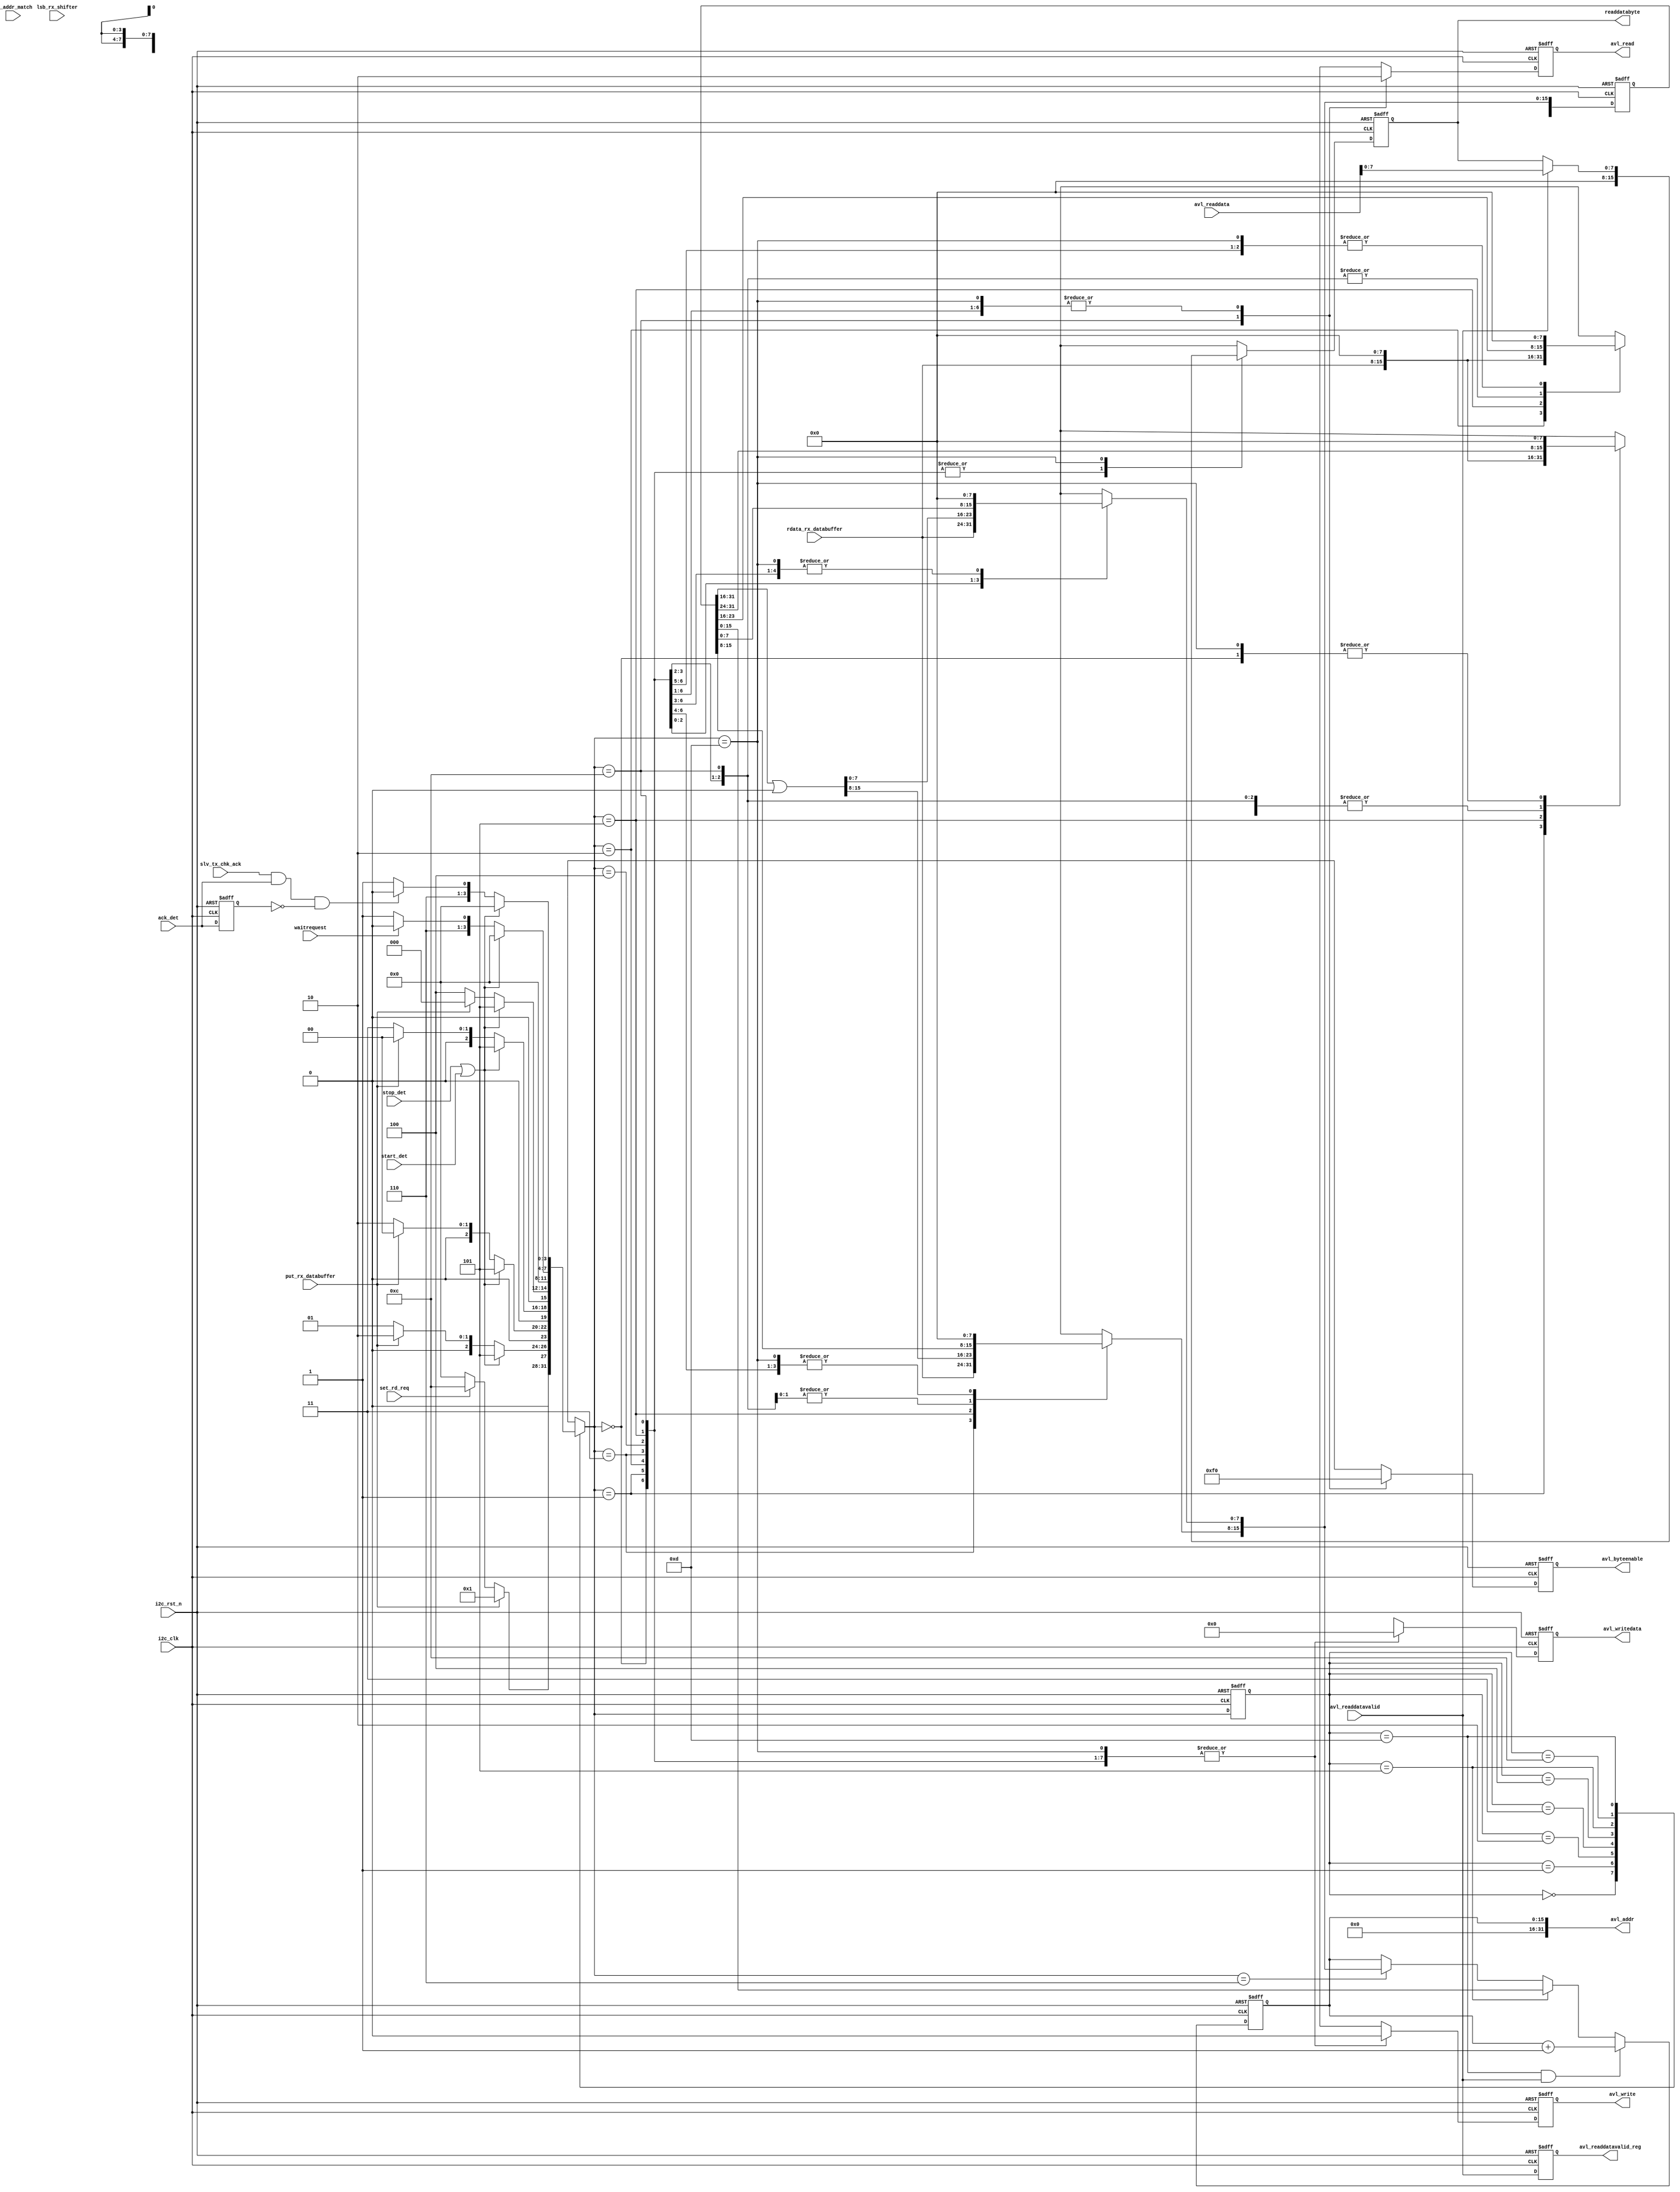
// (C) 2001-2018 Intel Corporation. All rights reserved.
// Your use of Intel Corporation's design tools, logic functions and other 
// software and tools, and its AMPP partner logic functions, and any output 
// files from any of the foregoing (including device programming or simulation 
// files), and any associated documentation or information are expressly subject 
// to the terms and conditions of the Intel Program License Subscription 
// Agreement, Intel FPGA IP License Agreement, or other applicable 
// license agreement, including, without limitation, that your use is for the 
// sole purpose of programming logic devices manufactured by Intel and sold by 
// Intel or its authorized distributors.  Please refer to the applicable 
// agreement for further details.


`timescale 1 ps / 1 ps

module i2c_avl_mst_intf_gen #(
  parameter BYTE_ADDRESSING = 2,
  parameter READ_ONLY = 1,
  parameter ADDRESS_STEALING = 0
) (
  input              i2c_clk,
  input              i2c_rst_n, 
  input              waitrequest,
  input              put_rx_databuffer,
  input              set_rd_req,		
  input              stop_det,
  input              start_det,
  input       [7:0]  rdata_rx_databuffer,
  input       [31:0] avl_readdata,
  input              avl_readdatavalid,   
  input              slv_tx_chk_ack,
  input              ack_det,
  input              rx_addr_match,
  input       [2:0]  lsb_rx_shifter,
  output reg         avl_read,
  output reg  [7:0]  readdatabyte,
  output reg         avl_readdatavalid_reg,
  output reg         avl_write,
  output reg  [31:0] avl_writedata,
  output reg  [ 3:0] avl_byteenable,
  output wire [31:0] avl_addr
);

localparam [3:0] IDLE           = 4'b0000;
localparam [3:0] WORDADDRBYTE_1 = 4'b0001;
localparam [3:0] WORDADDRBYTE_2 = 4'b0010;
localparam [3:0] WORDADDRBYTE_3 = 4'b0011;
localparam [3:0] WORDADDRBYTE_4 = 4'b0100;
localparam [3:0] ASSIGN_RDADDR  = 4'b0101;
localparam [3:0] ASSIGN_WRADDR  = 4'b0110;
localparam [3:0] WRDATABYTE     = 4'b0111;
localparam [3:0] ISSUE_WRITE    = 4'b1000;
localparam [3:0] NEXT_WRITE     = 4'b1001;
localparam [3:0] WRITE_COMPLETE = 4'b1010;
localparam [3:0] SPLIT_WRITE    = 4'b1011;
localparam [3:0] ISSUE_READ     = 4'b1100;
localparam [3:0] RDDATABYTE     = 4'b1101;

localparam ADDRWIDTH = 32;
localparam BYTEADDRWIDTH = (BYTE_ADDRESSING == 1) ? (8+ADDRESS_STEALING)  :
                           (BYTE_ADDRESSING == 2) ? (16+ADDRESS_STEALING) :
                           (BYTE_ADDRESSING == 3) ? (24+ADDRESS_STEALING) :
                           (BYTE_ADDRESSING == 4) ? 32                    : 
                                                    (16+ADDRESS_STEALING);

reg [3:0]               fsm_state;
reg [3:0]               fsm_state_nxt;
reg                     avl_read_nxt;
reg [7:0]               readdatabyte_nxt;
reg                     avl_write_nxt;
reg [31:0]              avl_writedata_nxt;
reg [3:0]               temp_wrbyteen;
reg [3:0]               temp_wrbyteen_nxt;
reg [31:0]              ori_wrdata;
reg [3:0]               ori_wrbyteen;
reg [31:0]              ori_wrdata_nxt;
reg [3:0]               ori_wrbyteen_nxt;
reg [3:0]               avl_byteenable_nxt;
reg                     wordwrite_complete_nxt;
reg                     illegal_byteen_nxt;
reg                     illegal_byteen;
reg                     ack_det_reg;
reg 	                  wordwrite_complete;
reg [ADDRWIDTH-1:0]     load_addr_value_nxt;
reg [ADDRWIDTH-1:0]     load_addr_value;
reg [BYTEADDRWIDTH-1:0] addr_cnt;
   
wire [2:0] extra_addrbit;
wire       incr_addr;
wire       load_rdaddr;
wire       load_wraddr;

generate if (READ_ONLY) 
  begin
    assign incr_addr = (fsm_state == RDDATABYTE && avl_readdatavalid);
  end else begin
    assign incr_addr = ((fsm_state == RDDATABYTE && avl_readdatavalid) || (fsm_state == WRDATABYTE && put_rx_databuffer) || (fsm_state == NEXT_WRITE && put_rx_databuffer));
  end
endgenerate

assign load_rdaddr = fsm_state == ASSIGN_RDADDR;
assign load_wraddr = fsm_state_nxt == ASSIGN_WRADDR;

generate if (BYTEADDRWIDTH == 32) 
  begin
    assign avl_addr = {addr_cnt[BYTEADDRWIDTH-1:2], 2'b00};
  end else begin
    //assign avl_addr = {{ADDRWIDTH-BYTEADDRWIDTH{1'b0}}, {addr_cnt[BYTEADDRWIDTH-1:2], 2'b00}};
    assign avl_addr = {{ADDRWIDTH-BYTEADDRWIDTH{1'b0}}, addr_cnt[BYTEADDRWIDTH-1:0]}; //bhoh: 2016-10-13
  end
endgenerate

always @(posedge i2c_clk or negedge i2c_rst_n) 
  begin
    if (!i2c_rst_n)
      fsm_state <= IDLE;
    else
      fsm_state <= fsm_state_nxt;
  end

generate if (ADDRESS_STEALING > 0) 
  begin
    reg [2:0] extra_addrbit_reg;
    always @(posedge i2c_clk or negedge i2c_rst_n) begin
      if (!i2c_rst_n)
        extra_addrbit_reg <= {3{1'b0}};
      else if (rx_addr_match)
        extra_addrbit_reg <= lsb_rx_shifter;
      end

    assign extra_addrbit = extra_addrbit_reg;
  end else begin
    assign extra_addrbit = {3{1'b0}};
  end
endgenerate

// Address increment counter
always @(posedge i2c_clk or negedge i2c_rst_n) 
  begin
    if (!i2c_rst_n)
      addr_cnt <= {BYTEADDRWIDTH{1'b0}};
    else if (incr_addr)
      addr_cnt <= addr_cnt + 1'b1; 
    else if (load_rdaddr)
      addr_cnt <= load_addr_value[BYTEADDRWIDTH-1:0];
    else if (load_wraddr)
      addr_cnt <= load_addr_value_nxt[BYTEADDRWIDTH-1:0];
  end

generate if (READ_ONLY) 
  begin
    always @* 
      begin         
        fsm_state_nxt = fsm_state;
	 
        case (fsm_state)
          IDLE: begin
            if (put_rx_databuffer)
              fsm_state_nxt = WORDADDRBYTE_1;
            else if (set_rd_req) // to issue read for current address read
              fsm_state_nxt = ISSUE_READ;
            else
              fsm_state_nxt = IDLE;
          end
	
          WORDADDRBYTE_1:  begin
            if (stop_det || start_det)                            
              fsm_state_nxt = ASSIGN_RDADDR;	
            else if (put_rx_databuffer)
              if (BYTE_ADDRESSING > 1) begin
                fsm_state_nxt = WORDADDRBYTE_2;
              end else begin
                fsm_state_nxt = IDLE;
              end
            else
              fsm_state_nxt = WORDADDRBYTE_1;
          end
			
          WORDADDRBYTE_2:  begin
            if (stop_det || start_det)                            
              fsm_state_nxt = ASSIGN_RDADDR;
            else if (put_rx_databuffer)
              if (BYTE_ADDRESSING > 2) begin
                fsm_state_nxt = WORDADDRBYTE_3;
              end else begin
                fsm_state_nxt = IDLE;
              end
            else
              fsm_state_nxt = WORDADDRBYTE_2;
          end
			
          WORDADDRBYTE_3:  begin
            if (stop_det || start_det)                            
              fsm_state_nxt = ASSIGN_RDADDR;
            else if (put_rx_databuffer)
              if (BYTE_ADDRESSING > 3) begin
                fsm_state_nxt = WORDADDRBYTE_4;
              end else begin
                fsm_state_nxt = IDLE;
              end
            else
              fsm_state_nxt = WORDADDRBYTE_3;
          end
			
          WORDADDRBYTE_4:  begin
            if (stop_det || start_det)                            
              fsm_state_nxt = ASSIGN_RDADDR;	
            else if (put_rx_databuffer)
              fsm_state_nxt = IDLE;
            else
              fsm_state_nxt = WORDADDRBYTE_4;
          end
			
          ASSIGN_RDADDR:  begin
            fsm_state_nxt = IDLE;
          end
			
          ISSUE_READ: begin
            if (stop_det || start_det)  // to detect stop or repeated start                                       
              fsm_state_nxt = IDLE;
            else if (~waitrequest)
              fsm_state_nxt = RDDATABYTE;
            else
              fsm_state_nxt = ISSUE_READ;
          end
			
          RDDATABYTE: begin
            if (stop_det || start_det)  // to detect stop or repeated start                                       
              fsm_state_nxt = IDLE;
            else if (slv_tx_chk_ack && ack_det && ~ack_det_reg)
              fsm_state_nxt = ISSUE_READ;
            else
              fsm_state_nxt = RDDATABYTE;
          end
			
          default: begin
            fsm_state_nxt = 4'bxxxx;
          end
        endcase
      end
  end else begin
    always @* 
      begin  
        fsm_state_nxt = fsm_state;
		  
        case (fsm_state)
          IDLE: begin
            if (put_rx_databuffer)
              fsm_state_nxt = WORDADDRBYTE_1;
            else if (set_rd_req) // to issue read for current address read
              fsm_state_nxt = ISSUE_READ;
            else
              fsm_state_nxt = IDLE;
          end
	
          WORDADDRBYTE_1: begin
            if (stop_det || start_det)                            
              fsm_state_nxt = ASSIGN_RDADDR;	
            else if (put_rx_databuffer)
              if (BYTE_ADDRESSING > 1) begin
                fsm_state_nxt = WORDADDRBYTE_2;
              end else begin
                fsm_state_nxt = ASSIGN_WRADDR;
              end
            else
              fsm_state_nxt = WORDADDRBYTE_1;
          end
			
          WORDADDRBYTE_2: begin
            if (stop_det || start_det)                            
              fsm_state_nxt = ASSIGN_RDADDR;
            else if (put_rx_databuffer)
              if (BYTE_ADDRESSING > 2) begin
                fsm_state_nxt = WORDADDRBYTE_3;
              end else begin
                fsm_state_nxt = ASSIGN_WRADDR;
              end
            else
              fsm_state_nxt = WORDADDRBYTE_2;
          end
			
          WORDADDRBYTE_3:  begin
            if (stop_det || start_det)                            
              fsm_state_nxt = ASSIGN_RDADDR;
            else if (put_rx_databuffer)
              if (BYTE_ADDRESSING > 3) begin
                fsm_state_nxt = WORDADDRBYTE_4;
              end else begin
                fsm_state_nxt = ASSIGN_WRADDR;
              end
            else
              fsm_state_nxt = WORDADDRBYTE_3;
          end
			
          WORDADDRBYTE_4: begin
            if (stop_det || start_det)                            
              fsm_state_nxt = ASSIGN_RDADDR;	
            else if (put_rx_databuffer)
              fsm_state_nxt = ASSIGN_WRADDR;
            else
              fsm_state_nxt = WORDADDRBYTE_4;
          end
			
          ASSIGN_RDADDR: begin
            fsm_state_nxt = IDLE;
          end
			
          ASSIGN_WRADDR: begin
            fsm_state_nxt = WRDATABYTE;
          end
			
          WRDATABYTE: begin
            if (stop_det || start_det)  // to detect stop or repeated start                                       
              fsm_state_nxt = WRITE_COMPLETE;
            else if (wordwrite_complete)
              fsm_state_nxt = ISSUE_WRITE;
            else
              fsm_state_nxt = WRDATABYTE;
          end
	
          ISSUE_WRITE: begin				
            if (~waitrequest)
              if (illegal_byteen)
                fsm_state_nxt = SPLIT_WRITE;
              else
                fsm_state_nxt = NEXT_WRITE;
            else begin
              fsm_state_nxt = ISSUE_WRITE;
            end
          end

          NEXT_WRITE: begin
            if (stop_det || start_det)  // to detect stop or repeated start     
              fsm_state_nxt = IDLE;
            else if (put_rx_databuffer)
              fsm_state_nxt = ASSIGN_WRADDR;
            else
              fsm_state_nxt = NEXT_WRITE;
          end
			
          WRITE_COMPLETE: begin
            if (~waitrequest) begin
              if (illegal_byteen)
                fsm_state_nxt = SPLIT_WRITE;
              else
                fsm_state_nxt = IDLE;
            end else begin
              fsm_state_nxt = WRITE_COMPLETE;
            end
          end
			
          SPLIT_WRITE: begin
            if (~illegal_byteen)
              fsm_state_nxt = IDLE;
            else
              fsm_state_nxt = ISSUE_WRITE;
          end
			
          ISSUE_READ: begin
            if (stop_det || start_det)  // to detect stop or repeated start                                       
              fsm_state_nxt = IDLE;
            else if (~waitrequest)
              fsm_state_nxt = RDDATABYTE;
            else
              fsm_state_nxt = ISSUE_READ;
          end
			
          RDDATABYTE: begin
            if (stop_det || start_det)  // to detect stop or repeated start                                       
              fsm_state_nxt = IDLE;
            else if (slv_tx_chk_ack && ack_det && ~ack_det_reg)
              fsm_state_nxt = ISSUE_READ;
            else
              fsm_state_nxt = RDDATABYTE;
          end
			
          default: begin
            fsm_state_nxt = 4'bxxxx;
          end
        endcase
      end
  end
endgenerate

always @(posedge i2c_clk or negedge i2c_rst_n) 
  begin
    if (!i2c_rst_n) begin
      avl_read              <= 1'b0;
      load_addr_value       <= {ADDRWIDTH{1'b0}};
      readdatabyte          <= {8{1'b0}};
      avl_readdatavalid_reg <= 1'b0;
      ack_det_reg           <= 1'b0;
      avl_write             <= 1'b0;
      avl_writedata         <= {32{1'b0}};
      avl_byteenable        <= {4{1'b0}};
      wordwrite_complete    <= 1'b0;
      illegal_byteen        <= 1'b0;
      temp_wrbyteen         <= {4{1'b0}};
      ori_wrdata            <= {32{1'b0}};
      ori_wrbyteen          <= {4{1'b0}};
    end else begin
      avl_read              <= avl_read_nxt;
      load_addr_value       <= load_addr_value_nxt;
      readdatabyte          <= readdatabyte_nxt;
      avl_readdatavalid_reg <= avl_readdatavalid;
      ack_det_reg           <= ack_det;
      avl_write             <= avl_write_nxt;
      avl_writedata         <= avl_writedata_nxt;
      avl_byteenable        <= avl_byteenable_nxt;
      wordwrite_complete    <= wordwrite_complete_nxt;
      illegal_byteen        <= illegal_byteen_nxt;
      temp_wrbyteen         <= temp_wrbyteen_nxt;
      ori_wrdata            <= ori_wrdata_nxt;
      ori_wrbyteen          <= ori_wrbyteen_nxt;
    end
  end

generate if (READ_ONLY) 
  begin
    always @* 
      begin
        avl_read_nxt           = avl_read;
        load_addr_value_nxt    = load_addr_value;
        readdatabyte_nxt       = readdatabyte;
        avl_write_nxt          = avl_write;
        avl_writedata_nxt      = avl_writedata;
        avl_byteenable_nxt     = avl_byteenable;
        wordwrite_complete_nxt = wordwrite_complete;
        illegal_byteen_nxt     = illegal_byteen;
        temp_wrbyteen_nxt      = temp_wrbyteen;
        ori_wrdata_nxt         = ori_wrdata;
        ori_wrbyteen_nxt       = ori_wrbyteen;
				
        case (fsm_state_nxt)
          IDLE: begin
            avl_read_nxt = 1'b0;
            load_addr_value_nxt    = {ADDRWIDTH{1'b0}};
            readdatabyte_nxt       = {8{1'b0}};
            avl_write_nxt          = 1'b0;
            avl_writedata_nxt      = {32{1'b0}};
            avl_byteenable_nxt     = {4{1'b0}};
            wordwrite_complete_nxt = 1'b0;
            illegal_byteen_nxt     = 1'b0;
            temp_wrbyteen_nxt      = {4{1'b0}};
            ori_wrdata_nxt         = {32{1'b0}};
            ori_wrbyteen_nxt       = {4{1'b0}};
          end
		
          WORDADDRBYTE_1: begin
            avl_read_nxt               = 1'b0;
            load_addr_value_nxt[7:0]   = {8{1'b0}};
            load_addr_value_nxt[15:8]  = {8{1'b0}};
            load_addr_value_nxt[23:16] = {8{1'b0}};
            load_addr_value_nxt[31:24] = rdata_rx_databuffer;
            readdatabyte_nxt           = {8{1'b0}};
            avl_write_nxt              = 1'b0;
            avl_writedata_nxt          = {32{1'b0}};
            avl_byteenable_nxt         = {4{1'b0}};
            wordwrite_complete_nxt     = 1'b0;
            illegal_byteen_nxt         = 1'b0;
            temp_wrbyteen_nxt          = {4{1'b0}};
            ori_wrdata_nxt             = {32{1'b0}};
            ori_wrbyteen_nxt           = {4{1'b0}};
          end 
		
          WORDADDRBYTE_2: begin
            avl_read_nxt               = 1'b0;
            load_addr_value_nxt[7:0]   = {8{1'b0}};
            load_addr_value_nxt[15:8]  = {8{1'b0}};
            load_addr_value_nxt[23:16] = rdata_rx_databuffer;
            load_addr_value_nxt[31:24] = load_addr_value[31:24];
            readdatabyte_nxt           = {8{1'b0}};
            avl_write_nxt              = 1'b0;
            avl_writedata_nxt          = {32{1'b0}};
            avl_byteenable_nxt         = {4{1'b0}};
            wordwrite_complete_nxt     = 1'b0;
            illegal_byteen_nxt         = 1'b0;
            temp_wrbyteen_nxt          = {4{1'b0}};
            ori_wrdata_nxt             = {32{1'b0}};
            ori_wrbyteen_nxt           = {4{1'b0}};
          end
			
          WORDADDRBYTE_3: begin
            avl_read_nxt               = 1'b0;
            load_addr_value_nxt[7:0]   = {8{1'b0}};
            load_addr_value_nxt[15:8]  = rdata_rx_databuffer;
            load_addr_value_nxt[23:16] = load_addr_value[23:16];
            load_addr_value_nxt[31:24] = load_addr_value[31:24];
            readdatabyte_nxt           = {8{1'b0}};
            avl_write_nxt              = 1'b0;
            avl_writedata_nxt          = {32{1'b0}};
            avl_byteenable_nxt         = {4{1'b0}};
            wordwrite_complete_nxt     = 1'b0;
            illegal_byteen_nxt         = 1'b0;
            temp_wrbyteen_nxt          = {4{1'b0}};
            ori_wrdata_nxt             = {32{1'b0}};
            ori_wrbyteen_nxt           = {4{1'b0}};
          end
			
          WORDADDRBYTE_4: begin
            avl_read_nxt               = 1'b0;
            load_addr_value_nxt[7:0]   = rdata_rx_databuffer;
            load_addr_value_nxt[15:8]  = load_addr_value[15:8];
            load_addr_value_nxt[23:16] = load_addr_value[23:16];
            load_addr_value_nxt[31:24] = load_addr_value[31:24];
            readdatabyte_nxt           = {8{1'b0}};
            avl_write_nxt              = 1'b0;
            avl_writedata_nxt          = {32{1'b0}};
            avl_byteenable_nxt         = {4{1'b0}};
            wordwrite_complete_nxt     = 1'b0;
            illegal_byteen_nxt         = 1'b0;
            temp_wrbyteen_nxt          = {4{1'b0}};
            ori_wrdata_nxt             = {32{1'b0}};
            ori_wrbyteen_nxt           = {4{1'b0}};
         end
			
         ASSIGN_RDADDR: begin
           avl_read_nxt           = 1'b0;
           load_addr_value_nxt    = load_addr_value;
				
           if (BYTE_ADDRESSING == 1) begin
             load_addr_value_nxt    = (load_addr_value >> 24 | {{21{1'b0}}, extra_addrbit, {8{1'b0}}});
           end else if (BYTE_ADDRESSING == 2) begin
             load_addr_value_nxt   = (load_addr_value >> 16 | {{13{1'b0}}, extra_addrbit, {16{1'b0}}});
           end else if (BYTE_ADDRESSING == 3) begin
             load_addr_value_nxt   = (load_addr_value >> 8  | {{5{1'b0}}, extra_addrbit, {24{1'b0}}});
           end
			
           readdatabyte_nxt       = {8{1'b0}};
           avl_write_nxt          = 1'b0;
           avl_writedata_nxt      = {32{1'b0}};
           avl_byteenable_nxt     = {4{1'b0}};
           wordwrite_complete_nxt = 1'b0;
           illegal_byteen_nxt     = 1'b0;
           temp_wrbyteen_nxt      = {4{1'b0}};
           ori_wrdata_nxt         = {32{1'b0}};
           ori_wrbyteen_nxt       = {4{1'b0}};
         end
			
         ISSUE_READ:  begin
           avl_read_nxt = 1'b1;
           load_addr_value_nxt = load_addr_value;
           readdatabyte_nxt = {8{1'b0}};
           avl_write_nxt = 1'b0;
           avl_writedata_nxt = {32{1'b0}};
           avl_byteenable_nxt = {4{1'b1}};
           wordwrite_complete_nxt = 1'b0;
           illegal_byteen_nxt = 1'b0;
           temp_wrbyteen_nxt = {4{1'b0}};
           ori_wrdata_nxt = {32{1'b0}};
           ori_wrbyteen_nxt = {4{1'b0}};
         end
			
         RDDATABYTE:  begin
           avl_read_nxt           = 1'b0;
           load_addr_value_nxt    = {ADDRWIDTH{1'b0}};
           readdatabyte_nxt       = readdatabyte;
			  	
           if (avl_readdatavalid) begin
			    //bhoh: 2016-10-13
             readdatabyte_nxt       = avl_readdata[7:0];
             //if (addr_cnt[1:0] == 2'b00)
             //  readdatabyte_nxt     = avl_readdata[7:0];
             //else if (addr_cnt[1:0] == 2'b01)
             //  readdatabyte_nxt     = avl_readdata[15:8];
             //else if (addr_cnt[1:0] == 2'b10)
             //  readdatabyte_nxt     = avl_readdata[23:16];
             //else if (addr_cnt[1:0] == 2'b11)
             //  readdatabyte_nxt     = avl_readdata[31:24];
           end
				
           avl_write_nxt          = 1'b0;
           avl_writedata_nxt      = {32{1'b0}};
           avl_byteenable_nxt     = {4{1'b0}};
           wordwrite_complete_nxt = 1'b0;
           illegal_byteen_nxt     = 1'b0;
           temp_wrbyteen_nxt      = {4{1'b0}};
           ori_wrdata_nxt         = {32{1'b0}};
           ori_wrbyteen_nxt       = {4{1'b0}};
         end
	
         default: begin
           avl_read_nxt           = 1'bx;
           load_addr_value_nxt    = {ADDRWIDTH{1'bx}};
           readdatabyte_nxt       = {8{1'bx}};
           avl_write_nxt          = 1'bx;
           avl_writedata_nxt      = {32{1'bx}};
           avl_byteenable_nxt     = {4{1'bx}};
           wordwrite_complete_nxt = 1'bx;
           illegal_byteen_nxt     = 1'bx;
           temp_wrbyteen_nxt      = {4{1'bx}};
           ori_wrdata_nxt         = {32{1'bx}};
           ori_wrbyteen_nxt       = {4{1'bx}};
         end
       endcase
     end
  end else begin
    always @* 
      begin
        avl_read_nxt           = avl_read;
        load_addr_value_nxt    = load_addr_value;
        readdatabyte_nxt       = readdatabyte;
        avl_write_nxt          = avl_write;
        avl_writedata_nxt      = avl_writedata;
        avl_byteenable_nxt     = avl_byteenable;
        wordwrite_complete_nxt = wordwrite_complete;
        illegal_byteen_nxt     = illegal_byteen;
        temp_wrbyteen_nxt      = temp_wrbyteen;
        ori_wrdata_nxt         = ori_wrdata;
        ori_wrbyteen_nxt       = ori_wrbyteen;
				
        case (fsm_state_nxt)
          IDLE: begin
            avl_read_nxt           = 1'b0;
            load_addr_value_nxt    = {ADDRWIDTH{1'b0}};
            readdatabyte_nxt       = {8{1'b0}};
            avl_write_nxt          = 1'b0;
            avl_writedata_nxt      = {32{1'b0}};
            avl_byteenable_nxt     = {4{1'b0}};
            wordwrite_complete_nxt = 1'b0;
            illegal_byteen_nxt     = 1'b0;
            temp_wrbyteen_nxt      = {4{1'b0}};
            ori_wrdata_nxt         = {32{1'b0}};
            ori_wrbyteen_nxt       = {4{1'b0}};
          end
		
          WORDADDRBYTE_1: begin
            avl_read_nxt               = 1'b0;
            load_addr_value_nxt[7:0]   = {8{1'b0}};
            load_addr_value_nxt[15:8]  = {8{1'b0}};
            load_addr_value_nxt[23:16] = {8{1'b0}};
            load_addr_value_nxt[31:24] = rdata_rx_databuffer;
            readdatabyte_nxt           = {8{1'b0}};
            avl_write_nxt              = 1'b0;
            avl_writedata_nxt          = {32{1'b0}};
            avl_byteenable_nxt         = {4{1'b0}};
            wordwrite_complete_nxt     = 1'b0;
            illegal_byteen_nxt         = 1'b0;
            temp_wrbyteen_nxt          = {4{1'b0}};
            ori_wrdata_nxt             = {32{1'b0}};
            ori_wrbyteen_nxt           = {4{1'b0}};
          end 

          WORDADDRBYTE_2: begin
            avl_read_nxt               = 1'b0;
            load_addr_value_nxt[7:0]   = {8{1'b0}};
            load_addr_value_nxt[15:8]  = {8{1'b0}};
            load_addr_value_nxt[23:16] = rdata_rx_databuffer;
            load_addr_value_nxt[31:24] = load_addr_value[31:24];
            readdatabyte_nxt           = {8{1'b0}};
            avl_write_nxt              = 1'b0;
            avl_writedata_nxt          = {32{1'b0}};
            avl_byteenable_nxt         = {4{1'b0}};
            wordwrite_complete_nxt     = 1'b0;
            illegal_byteen_nxt         = 1'b0;
            temp_wrbyteen_nxt          = {4{1'b0}};
            ori_wrdata_nxt             = {32{1'b0}};
            ori_wrbyteen_nxt           = {4{1'b0}};
          end
			
          WORDADDRBYTE_3: begin
            avl_read_nxt               = 1'b0;
            load_addr_value_nxt[7:0]   = {8{1'b0}};
            load_addr_value_nxt[15:8]  = rdata_rx_databuffer;
            load_addr_value_nxt[23:16] = load_addr_value[23:16];
            load_addr_value_nxt[31:24] = load_addr_value[31:24];
            readdatabyte_nxt           = {8{1'b0}};
            avl_write_nxt              = 1'b0;
            avl_writedata_nxt          = {32{1'b0}};
            avl_byteenable_nxt         = {4{1'b0}};
            wordwrite_complete_nxt     = 1'b0;
            illegal_byteen_nxt         = 1'b0;
            temp_wrbyteen_nxt          = {4{1'b0}};
            ori_wrdata_nxt             = {32{1'b0}};
            ori_wrbyteen_nxt           = {4{1'b0}};
          end
			
          WORDADDRBYTE_4: begin
            avl_read_nxt = 1'b0;
            load_addr_value_nxt[7:0]   = rdata_rx_databuffer;
            load_addr_value_nxt[15:8]  = load_addr_value[15:8];
            load_addr_value_nxt[23:16] = load_addr_value[23:16];
            load_addr_value_nxt[31:24] = load_addr_value[31:24];
            readdatabyte_nxt           = {8{1'b0}};
            avl_write_nxt              = 1'b0;
            avl_writedata_nxt          = {32{1'b0}};
            avl_byteenable_nxt         = {4{1'b0}};
            wordwrite_complete_nxt     = 1'b0;
            illegal_byteen_nxt         = 1'b0;
            temp_wrbyteen_nxt          = {4{1'b0}};
            ori_wrdata_nxt             = {32{1'b0}};
            ori_wrbyteen_nxt           = {4{1'b0}};
          end
			
          ASSIGN_RDADDR: begin
            avl_read_nxt = 1'b0;
            load_addr_value_nxt    = load_addr_value;
			
            if (BYTE_ADDRESSING == 1) begin
              load_addr_value_nxt    = (load_addr_value >> 24 | {{21{1'b0}}, extra_addrbit, {8{1'b0}}});
            end	else if (BYTE_ADDRESSING == 2) begin
              load_addr_value_nxt   = (load_addr_value >> 16 | {{13{1'b0}}, extra_addrbit, {16{1'b0}}});
            end else if (BYTE_ADDRESSING == 3) begin
              load_addr_value_nxt   = (load_addr_value >> 8  | {{5{1'b0}}, extra_addrbit, {24{1'b0}}});
            end
				
            readdatabyte_nxt       = {8{1'b0}};
            avl_write_nxt          = 1'b0;
            avl_writedata_nxt      = {32{1'b0}};
            avl_byteenable_nxt     = {4{1'b0}};
            wordwrite_complete_nxt = 1'b0;
            illegal_byteen_nxt     = 1'b0;
            temp_wrbyteen_nxt      = {4{1'b0}};
            ori_wrdata_nxt         = {32{1'b0}};
            ori_wrbyteen_nxt       = {4{1'b0}};
          end
			
          ASSIGN_WRADDR: begin
            avl_read_nxt           = 1'b0;
            load_addr_value_nxt    = load_addr_value;
				
            if (BYTE_ADDRESSING == 1) begin
              load_addr_value_nxt    = (load_addr_value >> 24 | {{21{1'b0}}, extra_addrbit, {8{1'b0}}});
            end else if (BYTE_ADDRESSING == 2) begin
              load_addr_value_nxt    = (load_addr_value >> 16 | {{13{1'b0}}, extra_addrbit, {16{1'b0}}});
            end	else if (BYTE_ADDRESSING == 3) begin
              load_addr_value_nxt    = (load_addr_value >> 8  | {{5{1'b0}}, extra_addrbit, {24{1'b0}}});
            end
				
            readdatabyte_nxt       = {8{1'b0}};
            avl_write_nxt          = 1'b0;
            avl_writedata_nxt      = {32{1'b0}};
            avl_byteenable_nxt     = {4{1'b0}};
            wordwrite_complete_nxt = 1'b0;
            illegal_byteen_nxt     = 1'b0;
            temp_wrbyteen_nxt      = {4{1'b0}};
            ori_wrdata_nxt         = {32{1'b0}};
            ori_wrbyteen_nxt       = {4{1'b0}};
          end
			
          WRDATABYTE: begin
            avl_read_nxt           = 1'b0;
            load_addr_value_nxt    = {ADDRWIDTH{1'b0}};
            readdatabyte_nxt       = {8{1'b0}};
            avl_write_nxt          = 1'b0;
            avl_writedata_nxt      = avl_writedata;
            avl_byteenable_nxt     = avl_byteenable;
            wordwrite_complete_nxt = 1'b0;
            illegal_byteen_nxt     = 1'b0;
            temp_wrbyteen_nxt      = {4{1'b0}};
            ori_wrdata_nxt         = {32{1'b0}};
            ori_wrbyteen_nxt       = {4{1'b0}};
            //bhoh: 2016-10-13
            avl_writedata_nxt[7:0] = rdata_rx_databuffer;
            avl_byteenable_nxt     = 4'b1111;
            wordwrite_complete_nxt = 1'b1;		   
            //if (addr_cnt[1:0] == 2'b00) begin
            //  avl_writedata_nxt[7:0] = rdata_rx_databuffer;
            //  avl_byteenable_nxt[0] = 1'b1;
            //  ordwrite_complete_nxt = 1'b0;
            //end
            //else if (addr_cnt[1:0] == 2'b01) begin
            //  avl_writedata_nxt[15:8] = rdata_rx_databuffer;
            //	avl_byteenable_nxt[1] = 1'b1;
            //	wordwrite_complete_nxt = 1'b0;
            //end
            //else if (addr_cnt[1:0] == 2'b10) begin
            //	avl_writedata_nxt[23:16] = rdata_rx_databuffer;
            //	avl_byteenable_nxt[2] = 1'b1;
            //	wordwrite_complete_nxt = 1'b0;
            //end
            //else if (addr_cnt[1:0] == 2'b11) begin
            //	avl_writedata_nxt[31:24] = rdata_rx_databuffer;
            //	avl_byteenable_nxt[3] = 1'b1;
            //	wordwrite_complete_nxt = 1'b1;
            //end
            if (avl_byteenable_nxt == 4'b0110 || avl_byteenable_nxt == 4'b1110 || avl_byteenable_nxt == 4'b0111) begin
              illegal_byteen_nxt = 1'b1;
            end
          end
			
          ISSUE_WRITE:  begin
            avl_read_nxt           = 1'b0;
            load_addr_value_nxt    = load_addr_value;
            readdatabyte_nxt       = {8{1'b0}};
            avl_write_nxt          = 1'b1;
            avl_writedata_nxt      = avl_writedata;
            avl_byteenable_nxt     = avl_byteenable;
            wordwrite_complete_nxt = 1'b0;
            illegal_byteen_nxt     = illegal_byteen;
            temp_wrbyteen_nxt      = temp_wrbyteen;
            ori_wrdata_nxt         = ori_wrdata;
            ori_wrbyteen_nxt       = ori_wrbyteen;
          end
			
          NEXT_WRITE: begin                                  
            avl_read_nxt           = 1'b0;
            load_addr_value_nxt    = {ADDRWIDTH{1'b0}};
            readdatabyte_nxt       = {8{1'b0}};
            avl_write_nxt          = 1'b0;
            avl_writedata_nxt      = {32{1'b0}};
            avl_byteenable_nxt     = {4{1'b0}};
            wordwrite_complete_nxt = 1'b0;
            illegal_byteen_nxt     = 1'b0;
            temp_wrbyteen_nxt      = {4{1'b0}};
            ori_wrdata_nxt         = {32{1'b0}};
            ori_wrbyteen_nxt       = {4{1'b0}};
          end
			
          WRITE_COMPLETE: begin
            avl_read_nxt           = 1'b0;
            load_addr_value_nxt    = load_addr_value;
            readdatabyte_nxt       = {8{1'b0}};
            wordwrite_complete_nxt = 1'b0;
            illegal_byteen_nxt     = illegal_byteen;
            temp_wrbyteen_nxt      = {4{1'b0}};
					
            if (illegal_byteen) begin
              avl_write_nxt          = 1'b0;
              avl_writedata_nxt      = {32{1'b0}};
              avl_byteenable_nxt     = {4{1'b0}};
              ori_wrdata_nxt         = avl_writedata;
              ori_wrbyteen_nxt       = avl_byteenable;
            end else begin
              avl_write_nxt          = 1'b1;
              avl_writedata_nxt      = avl_writedata;
              avl_byteenable_nxt     = avl_byteenable;
              ori_wrdata_nxt         = {32{1'b0}};
              ori_wrbyteen_nxt       = {4{1'b0}};
            end
          end
			
          SPLIT_WRITE: begin
            avl_read_nxt           = 1'b0;
            load_addr_value_nxt    = load_addr_value;
            readdatabyte_nxt       = {8{1'b0}};
            avl_write_nxt          = 1'b0;
            avl_writedata_nxt      = {32{1'b0}};
            avl_byteenable_nxt     = {4{1'b0}};
            wordwrite_complete_nxt = 1'b0;
            temp_wrbyteen_nxt      = temp_wrbyteen;
            ori_wrdata_nxt         = ori_wrdata;
            ori_wrbyteen_nxt       = ori_wrbyteen;
				
            if (ori_wrbyteen[0] ^ temp_wrbyteen[0]) begin
              avl_writedata_nxt[7:0]   = ori_wrdata[7:0];
              avl_byteenable_nxt[0]    = 1'b1;
              temp_wrbyteen_nxt[0]     = 1'b1;
            end else if (ori_wrbyteen[1] ^ temp_wrbyteen[1]) begin
              avl_writedata_nxt[15:8]  = ori_wrdata[15:8];
              avl_byteenable_nxt[1]    = 1'b1;
              temp_wrbyteen_nxt[1]     = 1'b1;
            end else if (ori_wrbyteen[2] ^ temp_wrbyteen[2]) begin
              avl_writedata_nxt[23:16] = ori_wrdata[23:16];
              avl_byteenable_nxt[2]    = 1'b1;
              temp_wrbyteen_nxt[2]     = 1'b1;
            end	else if (ori_wrbyteen[3] ^ temp_wrbyteen[3]) begin
              avl_writedata_nxt[31:24] = ori_wrdata[31:24];
              avl_byteenable_nxt[3]    = 1'b1;
              temp_wrbyteen_nxt[3]     = 1'b1;
            end
				
            if ((ori_wrbyteen ^ temp_wrbyteen) == 4'b0000) begin
              illegal_byteen_nxt       = 1'b0;
            end else begin
              illegal_byteen_nxt       = illegal_byteen;
            end
          end
			
          ISSUE_READ: begin
            avl_read_nxt           = 1'b1;
            load_addr_value_nxt    = load_addr_value;
            readdatabyte_nxt       = {8{1'b0}};
            avl_write_nxt          = 1'b0;
            avl_writedata_nxt      = {32{1'b0}};
            avl_byteenable_nxt     = {4{1'b1}};
            wordwrite_complete_nxt = 1'b0;
            illegal_byteen_nxt     = 1'b0;
            temp_wrbyteen_nxt      = {4{1'b0}};
            ori_wrdata_nxt         = {32{1'b0}};
            ori_wrbyteen_nxt       = {4{1'b0}};
          end
			
          RDDATABYTE: begin
            avl_read_nxt           = 1'b0;
            load_addr_value_nxt    = {ADDRWIDTH{1'b0}};
            readdatabyte_nxt       = readdatabyte;
				
            if (avl_readdatavalid) begin
              //bhoh: 2016-10-13				
              readdatabyte_nxt       = avl_readdata[7:0];
              //if (addr_cnt[1:0] == 2'b00)
              //  readdatabyte_nxt     = avl_readdata[7:0];
              //else if (addr_cnt[1:0] == 2'b01)
              //  readdatabyte_nxt     = avl_readdata[15:8];
              //else if (addr_cnt[1:0] == 2'b10)
              //  readdatabyte_nxt     = avl_readdata[23:16];
              //else if (addr_cnt[1:0] == 2'b11)
              //  readdatabyte_nxt     = avl_readdata[31:24];
            end
				
            avl_write_nxt          = 1'b0;
            avl_writedata_nxt      = {32{1'b0}};
            avl_byteenable_nxt     = {4{1'b0}};
            wordwrite_complete_nxt = 1'b0;
            illegal_byteen_nxt     = 1'b0;
            temp_wrbyteen_nxt      = {4{1'b0}};
            ori_wrdata_nxt         = {32{1'b0}};
            ori_wrbyteen_nxt       = {4{1'b0}};
          end
	
          default: begin
            avl_read_nxt           = 1'bx;
            load_addr_value_nxt    = {ADDRWIDTH{1'bx}};
            readdatabyte_nxt       = {8{1'bx}};
            avl_write_nxt          = 1'bx;
            avl_writedata_nxt      = {32{1'bx}};
            avl_byteenable_nxt     = {4{1'bx}};
            wordwrite_complete_nxt = 1'bx;
            illegal_byteen_nxt     = 1'bx;
            temp_wrbyteen_nxt      = {4{1'bx}};
            ori_wrdata_nxt         = {32{1'bx}};
            ori_wrbyteen_nxt       = {4{1'bx}};
          end
        endcase
      end
  end
endgenerate

endmodule